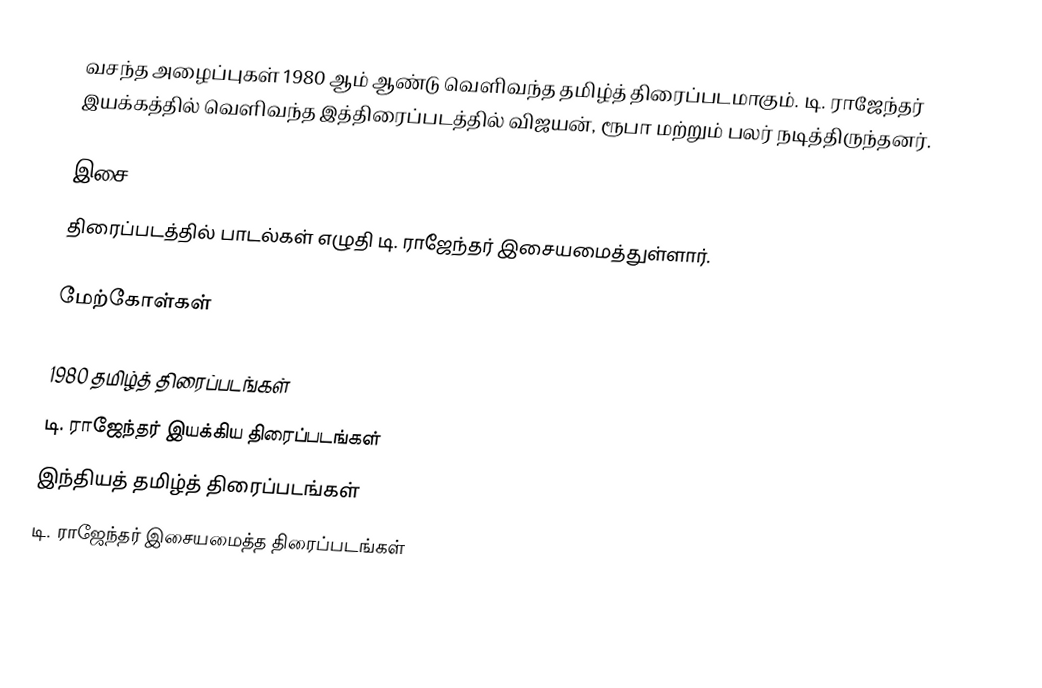
வசந்த அழைப்புகள் 1980 ஆம் ஆண்டு வெளிவந்த தமிழ்த் திரைப்படமாகும். டி. ராஜேந்தர் இயக்கத்தில் வெளிவந்த இத்திரைப்படத்தில் விஜயன், ரூபா மற்றும் பலர் நடித்திருந்தனர்.

இசை
திரைப்படத்தில் பாடல்கள் எழுதி டி. ராஜேந்தர் இசையமைத்துள்ளார்.

மேற்கோள்கள்

1980 தமிழ்த் திரைப்படங்கள்
டி. ராஜேந்தர் இயக்கிய திரைப்படங்கள்
இந்தியத் தமிழ்த் திரைப்படங்கள்
டி. ராஜேந்தர் இசையமைத்த திரைப்படங்கள்